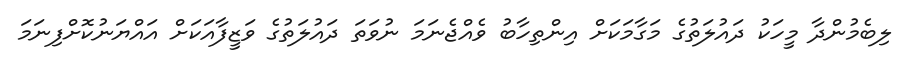
ލިބެމުންދާ މީހަކު ދައުލަތުގެ މަގާމަކަށް އިންތިހާބު ވެއްޖެނަމަ ނުވަތަ ދައުލަތުގެ ވަޒީފާއަކަށް އައްޔަނުކޮށްފިނަމަ